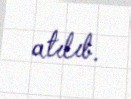
atılıb.